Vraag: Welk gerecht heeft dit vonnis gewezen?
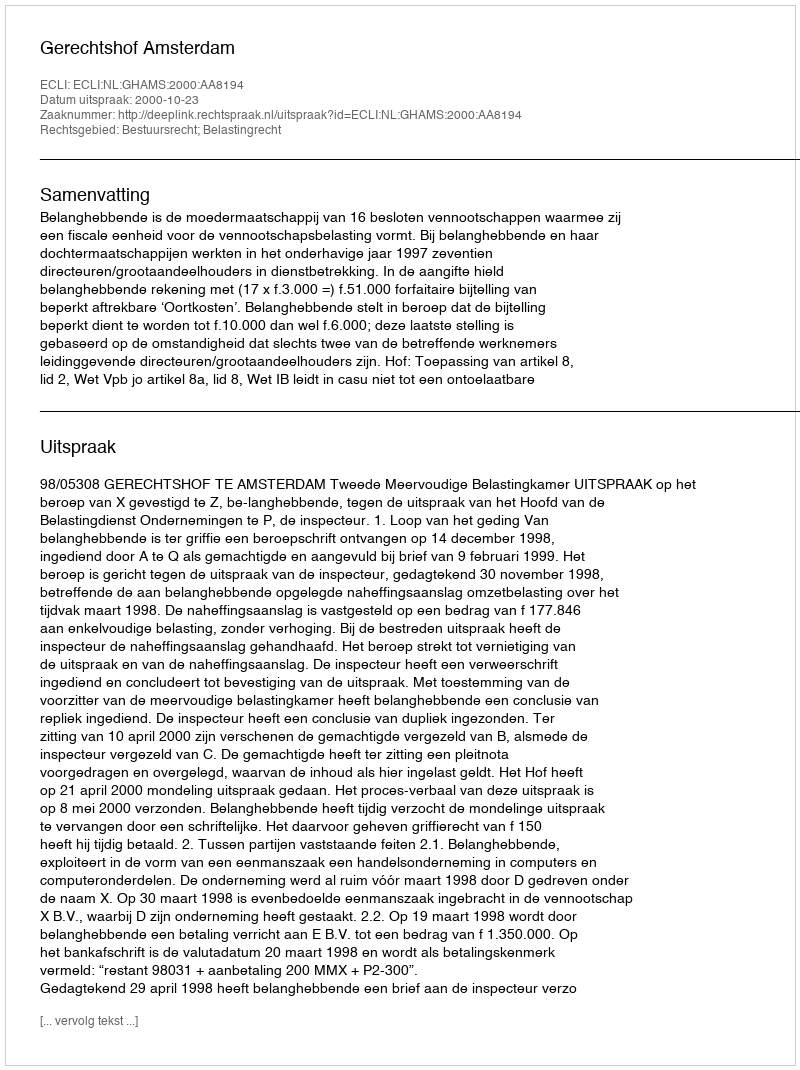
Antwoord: Gerechtshof Amsterdam